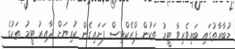
މުބާރާތުގައި ބައިވެރިވާ ޓީމު ތަކުން ޕްރެކްޓިސް ފަށައިގެން ކުރިޔަށް ދާއިރު ޓީމު ތަކުގެ